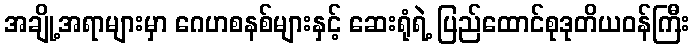
အချို့အရာများမှာ ဂေဟစနစ်များနှင့် ဆေးရုံရဲ့ ပြည်ထောင်စုဒုတိယဝန်ကြီး